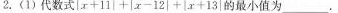
2.(1)代数式|x+11|+|x-12|+|x+13|的最小值为____.